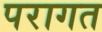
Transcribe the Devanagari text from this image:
परागत